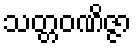
သတ္တဝဏိဇ္ဇာ